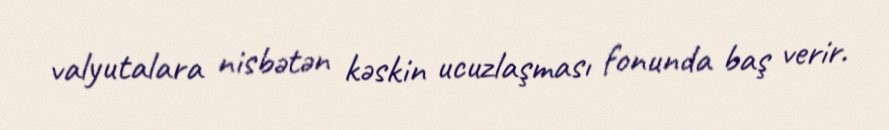
valyutalara nisbətən kəskin ucuzlaşması fonunda baş verir.